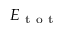
E _ { \mathrm { ~ t ~ o ~ t ~ } }